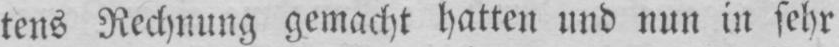
tens Rechnung gemacht hatten und nun in sehr